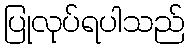
ပြုလုပ်ရပါသည်